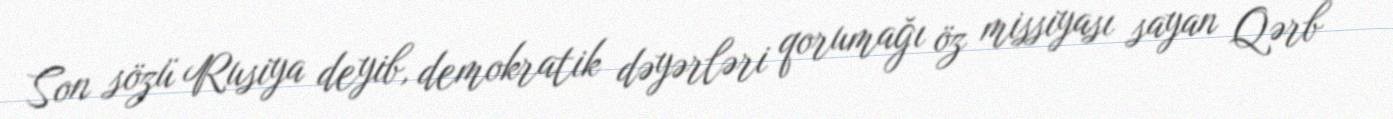
Son sözü Rusiya deyib, demokratik dəyərləri qorumağı öz missiyası sayan Qərb